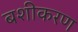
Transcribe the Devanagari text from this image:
बशीकरण